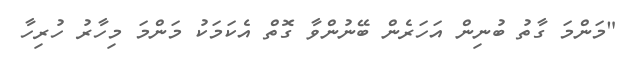
"މަންމަ ގާތު ބުނިން އަހަރެން ބޭނުންވާ ގޮތް އެކަމަކު މަންމަ މިހާރު ހުރިހާ